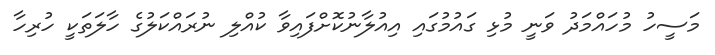
މަސީހު މުހައްމަދު ވަނީ މުޅި ގައުމުގައި އިއުލާނުކޮށްފައިވާ ކުއްލި ނުރައްކަލުގެ ހާލަތަކީ ހުރިހާ